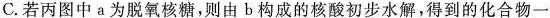
C.若丙图中a为脱氧核糖，则由b构成的核酸初步水解，得到的化合物一